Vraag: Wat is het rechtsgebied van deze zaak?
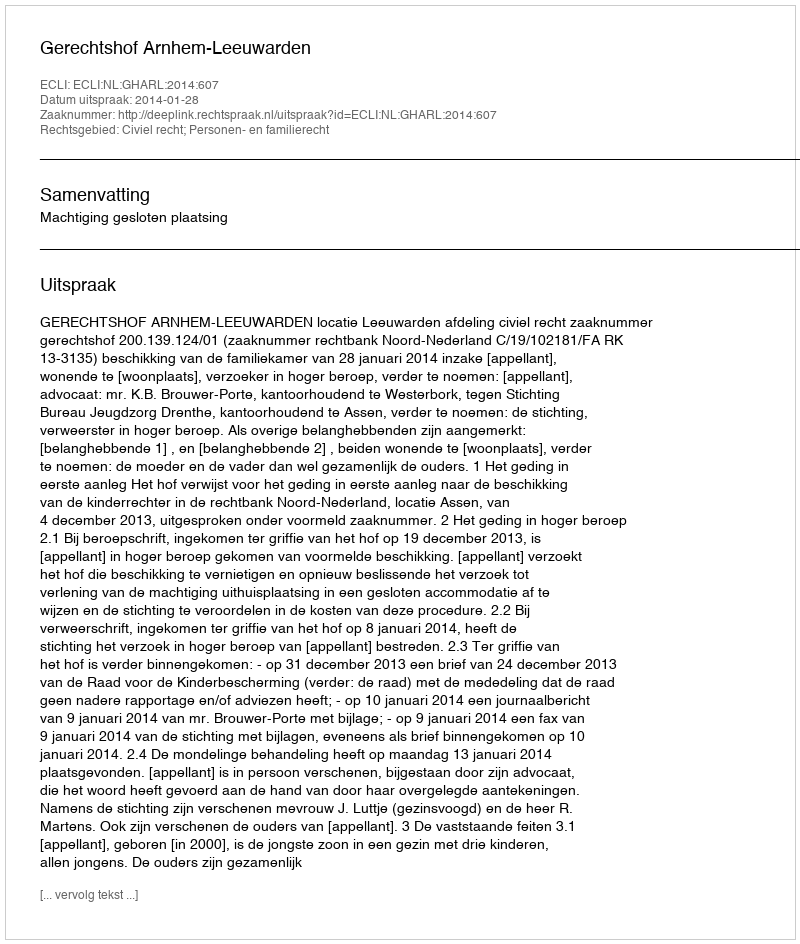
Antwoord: Civiel recht; Personen- en familierecht